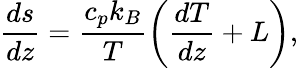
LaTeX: {\frac{ds}{dz}}={\frac{c_{p}k_{B}}{T}}\bigg({\frac{dT}{dz}}+L\bigg),